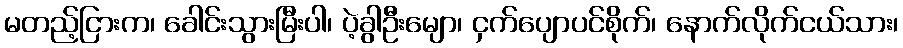
မတည့်ငြားက၊ ခေါင်းသွားမြီးပါ၊ ပဲ့ခွါဦးမျော၊ ငှက်ပျောပင်စိုက်၊ နောက်လိုက်ငယ်သား၊